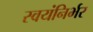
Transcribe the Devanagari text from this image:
स्‍वयंनिर्भर